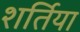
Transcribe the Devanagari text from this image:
शर्तिया